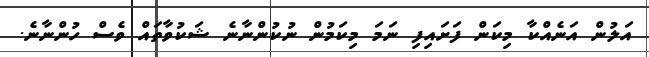
އަލުން އަނެއްކާ މިކަން ފަށައިފި ނަމަ މިކަމުން ނުކުންނާނެ ޝަކުވާތައް ވެސް ހުންނާނެ.